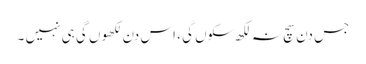
جس دن سچ نہ لکھ سکوں گی ، اس دن لکھوں گی ہی نہیں ۔